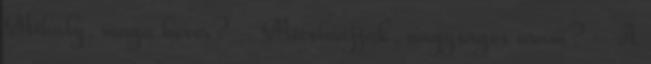
Mihály, maga hever? - Micsinájjak, nagyságos uram? - A